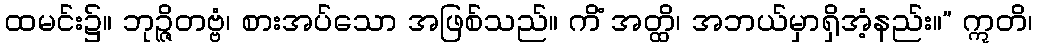
ထမင်း၌။ ဘုဉ္ဇိတဗ္ဗံ၊ စားအပ်သော အဖြစ်သည်။ ကိံ အတ္ထိ၊ အဘယ်မှာရှိအံ့နည်း။” ဣတိ၊